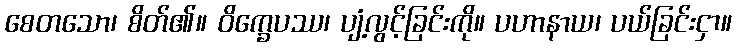
စေတသော၊ စိတ်၏။ ဝိက္ခေပဿ၊ ပျံ့လွင့်ခြင်းကို။ ပဟာနာယ၊ ပယ်ခြင်းငှာ။